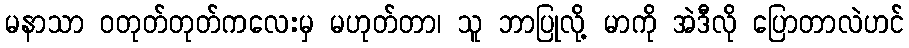
မနာသာ ဝတုတ်တုတ်ကလေးမှ မဟုတ်တာ၊ သူ ဘာပြုလို့ မာကို အဲဒီလို ပြောတာလဲဟင်